Indian journal of veterinary science and animal husbandry - Volume 10,
Year: 1940
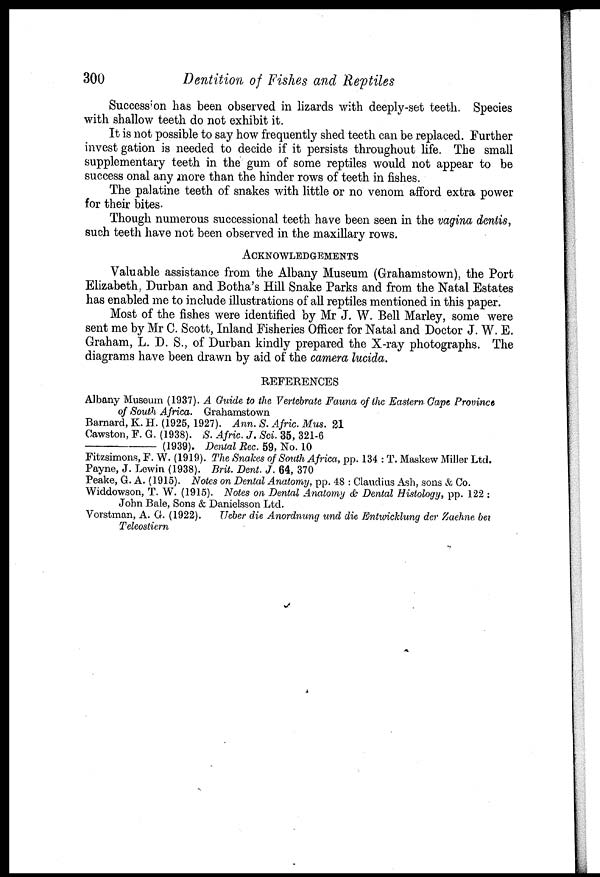
300
Dentition of Fishes and Reptiles
Succession has been observed in lizards with deeply-set teeth. Species
with shallow teeth do not exhibit it.
It is not possible to say how frequently shed teeth can be replaced. Further
invest gation is needed to decide if it persists throughout life. The small
supplementary teeth in the gum of some reptiles would not appear to be
success onal any more than the hinder rows of teeth in fishes.
The palatine teeth of snakes with little or no venom afford extra power
for their bites.
Though numerous successional teeth have been seen in the vagina dentis,
such teeth have not been observed in the maxillary rows.
ACKNOWLEDMENTS
Valuable assistance from the Albany Museum (Grahamstown), the Port
Elizabeth, Durban and Botha's Hill Snake Parks and from the Natal Estates
has enabled me to include illustrations of all reptiles mentioned in this paper.
Most of the fishes were identified by Mr J. W. Bell Marley, some were
sent me by Mr C. Scott, Inland Fisheries Officer for Natal and Doctor J. W. E.
Graham, L. D. S., of Durban kindly prepared the X-ray photographs. The
diagrams have been drawn by aid of the camera lucida.
REFERENCES
Albany Museum (1937). A Guide to the Vertebrate Fauna of the Eastern Cape Province
of South Africa. Grahamstown
Barnard, K. H. (1925, 1927). Ann. S. Afric. Mus. 21
Cawston, F. G. (1938). S. Afric. J. Sci. 35, 321-6
—(1939).
Dental Rec. 59, No. 10
Fitzsimons, F. W. (1919). The Snakes of South Africa, pp. 134 : T. Maskew Miller Ltd.
Payne, J. Lewin (1938). Brit. Dent. J. 64, 370
Peake, G. A. (1915). Notes on Dental Anatomy, pp. 48 : Claudius Ash, sons & Co.
Widdowson, T. W. (1915). Notes on Dental Anatomy & Dental Histology, pp. 122:
John Bale, Sons & Danielsson Ltd.
Vorstman, A. G. (1922).
Ueber die Anordnung und die Entwicklung der Zaehne be
Teleostiern